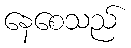
နေစေသည်